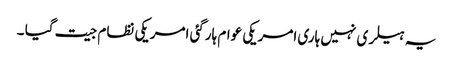
یہ ہیلری نہیں ہاری امریکی عوام ہارگئی امریکی نظام جیت گیا ۔